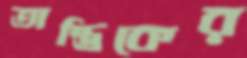
তান্ত্রিকের